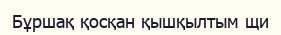
Бұршақ қосқан қышқылтым щи